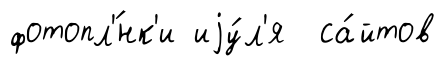
фотопл'́нк'и иjу́л'я са́йтов